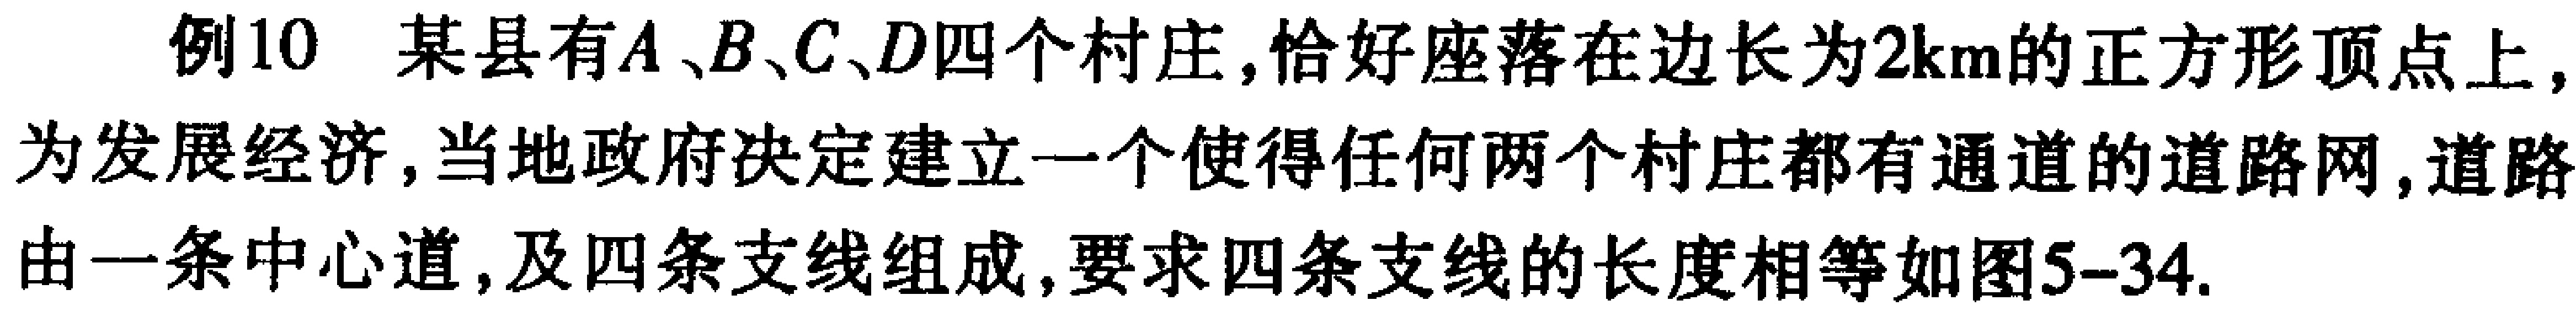
例10 某县有\(A、B、C、D\)四个村庄, 恰好座落在边长为\(2\mathrm{km}\)的正方形顶点上, 为发展经济, 当地政府决定建立一个使得任何两个村庄都有通道的道路网, 道路由一条中心道, 及四条支线组成, 要求四条支线的长度相等如图5-34.